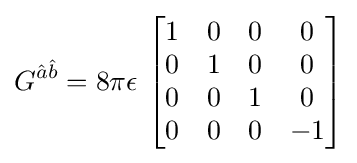
G^{{\hat {a}}{\hat {b}}}=8\pi \epsilon \,\left[{\begin{matrix}1&0&0&0\\0&1&0&0\\0&0&1&0\\0&0&0&-1\end{matrix}}\right]